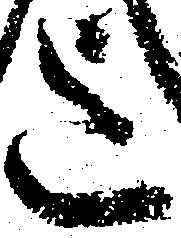
迄